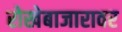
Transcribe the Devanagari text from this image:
रोखेबाजारावर